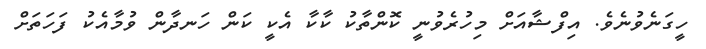
ހީގަނެވުނެވެ. އިފްޝާއަށް މިހުރެވުނީ ކޮންތާކު ކާކާ އެކީ ކަން ހަނދާން ވުމާއެކު ފަހަތަށް